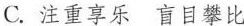
C.注重享乐 盲目攀比